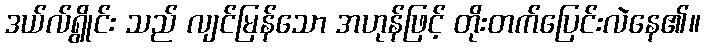
ဒယ်လ်ရွိုင်း သည် လျင်မြန်သော အဟုန်ဖြင့် တိုးတက်ပြေင်းလဲနေ၏။